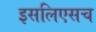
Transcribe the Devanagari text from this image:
इसलिएसच